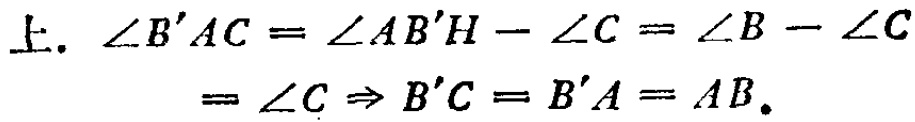
上. $\angle B'AC = \angle AB'H - \angle C = \angle B - \angle C$
$= \angle C \Rightarrow B'C = B'A = AB.$